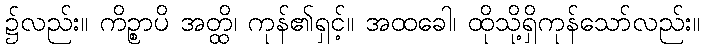
၌လည်း။ ကိဉ္စာပိ အတ္ထိ၊ ကုန်၏ရှင့်။ အထခေါ၊ ထိုသို့ရှိကုန်သော်လည်း။